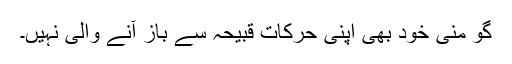
گو منی خود بھی اپنی حرکات قبیحہ سے باز آنے والی نہیں۔